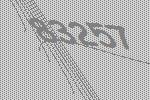
83257